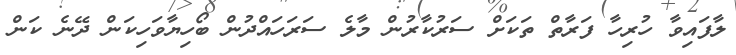
ލާފައިވާ ހުރިހާ ފަރާތް ތަކަށް ސަރުކާރުން މާލެ ސަރަހައްދުން ބޯހިޔާވަހިކަން ދޭނެ ކަން